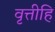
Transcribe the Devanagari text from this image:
वृत्तीहि